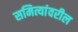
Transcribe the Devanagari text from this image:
समित्यांवरील